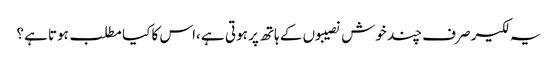
یہ لکیر صرف چند خوش نصیبوں کے ہاتھ پر ہوتی ہے ،اس کا کیا مطلب ہوتا ہے؟